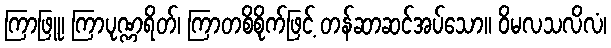
ကြာဖြူ၊ ကြာပုဏ္ဏရိတ်၊ ကြာတစိစိုက်ဖြင့် တန်ဆာဆင်အပ်သော။ ဝိမလသလိလံ၊